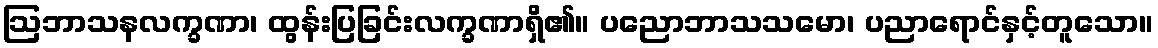
ဩဘာသနလက္ခဏာ၊ ထွန်းပြခြင်းလက္ခဏာရှိ၏။ ပညောဘာသသမော၊ ပညာရောင်နှင့်တူသော။